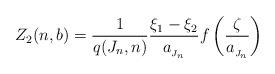
LaTeX: \begin{align*} Z_2(n,b) = \frac{1}{q(J_n,n)}\frac{\xi_1-\xi_2}{a_{_{J_n}}}f\left( \frac{\zeta}{a_{_{J_n}}}\right) \end{align*}